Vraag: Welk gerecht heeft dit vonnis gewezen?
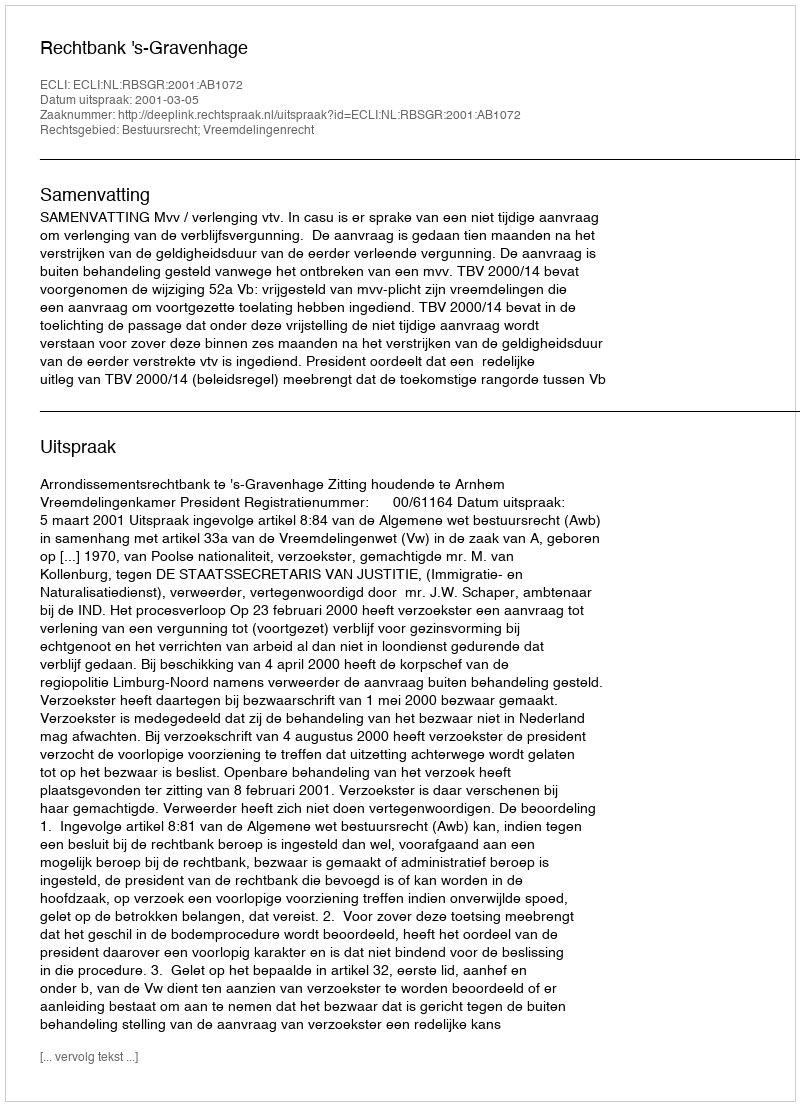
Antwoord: Rechtbank 's-Gravenhage